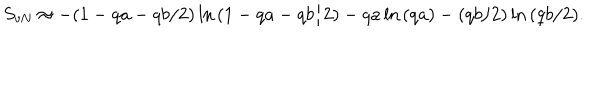
LaTeX: S _ { \mathrm { v N } } \approx - ( 1 - q a - q b / 2 ) \ln { ( 1 - q a - q b / 2 ) } - q a \ln { ( q a ) } - ( q b / 2 ) \ln { ( q b / 2 ) } .